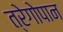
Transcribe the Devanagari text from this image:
त्रेगोपान